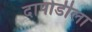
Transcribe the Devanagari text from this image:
दापोडीला